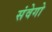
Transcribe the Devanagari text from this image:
संवेगो